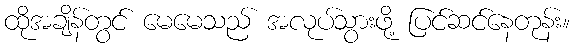
ထိုအချိန်တွင် မေမေသည် အလုပ်သွားဖို့ ပြင်ဆင်နေတုန်း။